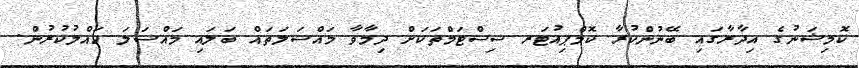
ކޮމިޝަނުގެ އިދާރާގައި ބޭނުންކުރާ ކޮމްޕިއުޓަރ ސިސްޓަމްތަކަށް ދިމާވާ މައްސަލަތައް ބަލައި މައްސަލަ ހައްލުކުރުން.